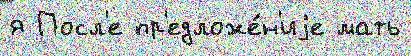
я Посл'е пр'едложе́н'иjе мать